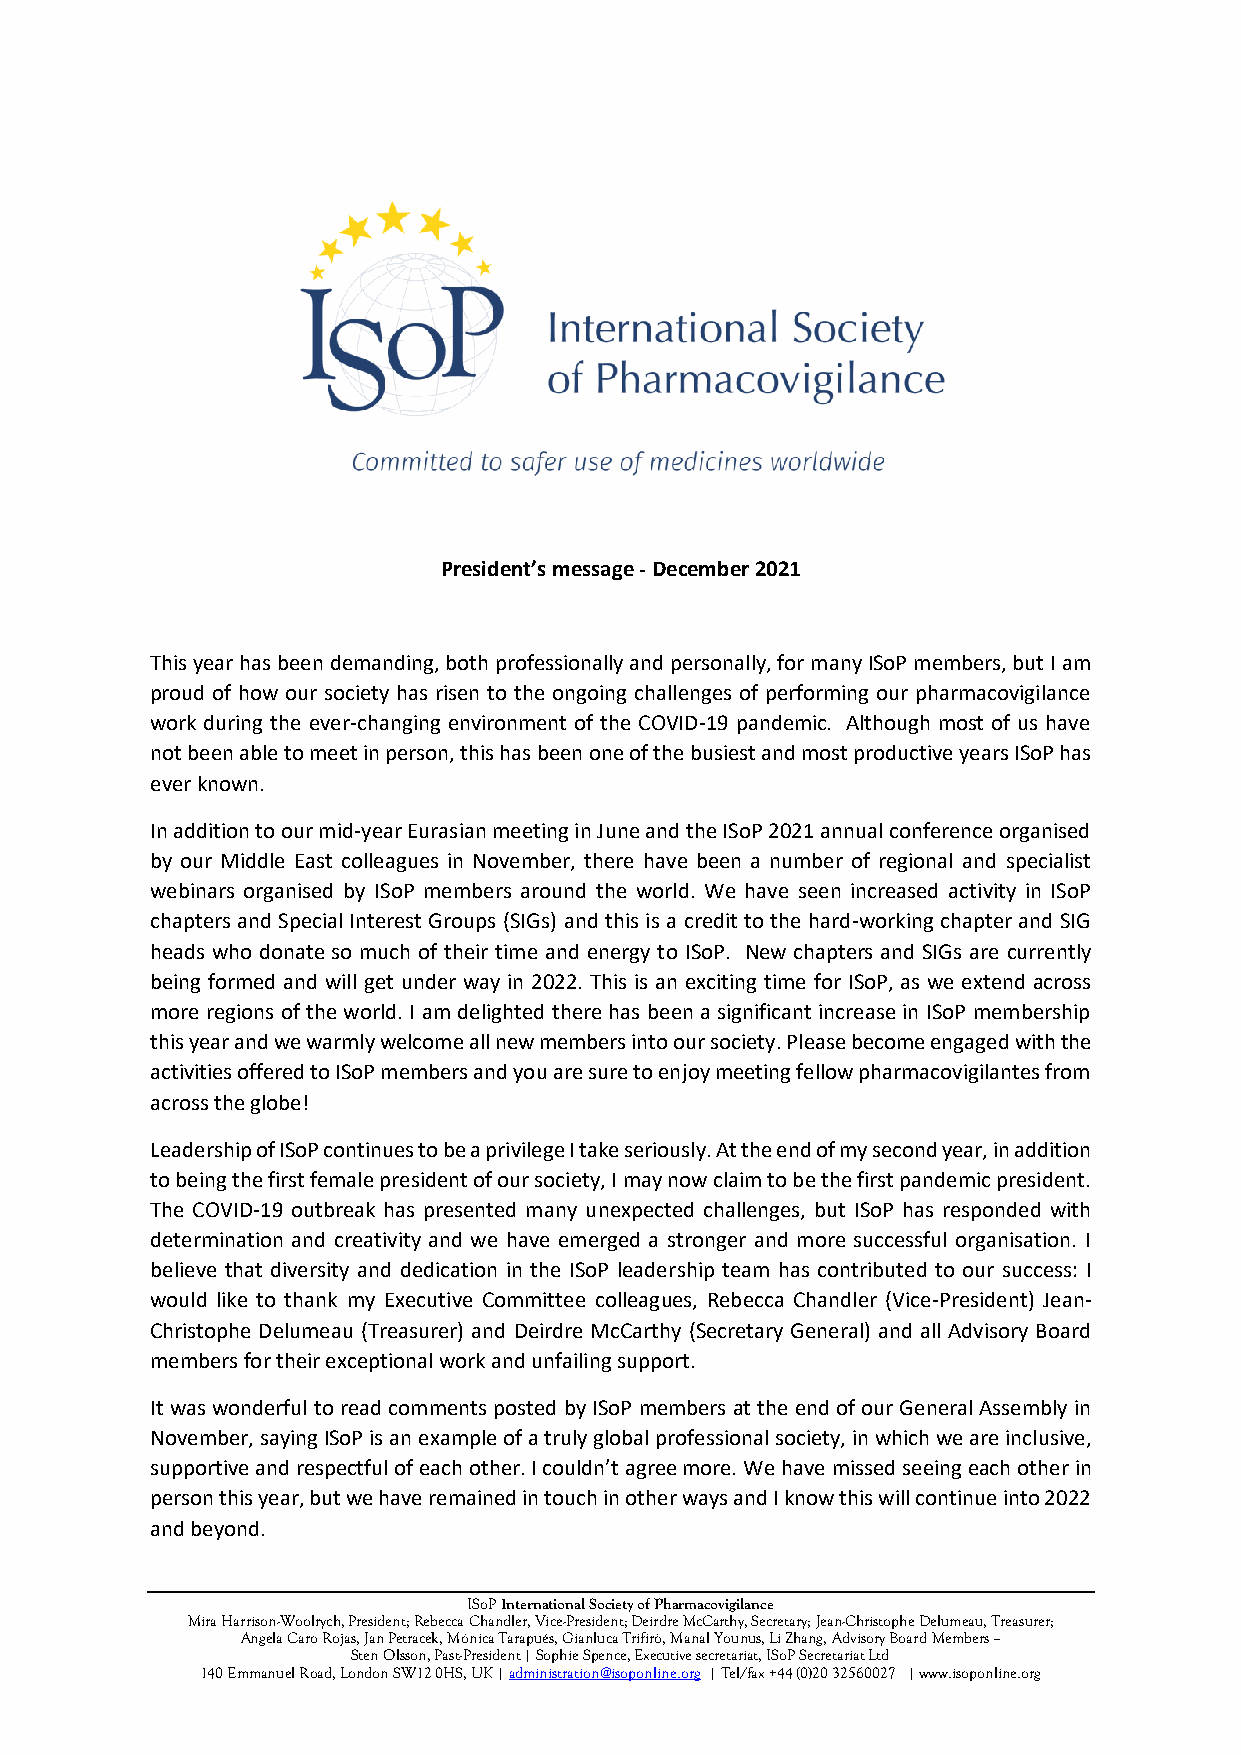
President’s message - December 2021
 This year has been demanding, both professionally and personally, for many ISoP members, but I am
 proud of how our society has risen to the ongoing challenges of performing our pharmacovigilance
 work during the ever-changing environment of the COVID-19 pandemic. Although most of us have
 not been able to meet in person, this has been one of the busiest and most productive years ISoP has
 ever known.
 In addition to our mid-year Eurasian meeting in June and the ISoP 2021 annual conference organised
 by our Middle East colleagues in November, there have been a number of regional and specialist
 webinars organised by ISoP members around the world. We have seen increased activity in ISoP
 chapters and Special Interest Groups (SIGs) and this is a credit to the hard-working chapter and SIG
 heads who donate so much of their time and energy to ISoP. New chapters and SIGs are currently
 being formed and will get under way in 2022. This is an exciting time for ISoP, as we extend across
 more regions of the world. I am delighted there has been a significant increase in ISoP membership
 this year and we warmly welcome all new members into our society. Please become engaged with the
 activities offered to ISoP members and you are sure to enjoy meeting fellow pharmacovigilantes from
 across the globe!
 Leadership of ISoP continues to be a privilege I take seriously. At the end of my second year, in addition
 to being the first female president of our society, I may now claim to be the first pandemic president.
 The COVID-19 outbreak has presented many unexpected challenges, but ISoP has responded with
 determination and creativity and we have emerged a stronger and more successful organisation. I
 believe that diversity and dedication in the ISoP leadership team has contributed to our success: I
 would like to thank my Executive Committee colleagues, Rebecca Chandler (Vice-President) Jean-
 Christophe Delumeau (Treasurer) and Deirdre McCarthy (Secretary General) and all Advisory Board
 members for their exceptional work and unfailing support.
 It was wonderful to read comments posted by ISoP members at the end of our General Assembly in
 November, saying ISoP is an example of a truly global professional society, in which we are inclusive,
 supportive and respectful of each other. I couldn’t agree more. We have missed seeing each other in
 person this year, but we have remained in touch in other ways and I know this will continue into 2022
 and beyond.
 ISoP International Society of Pharmacovigilance
 Mira Harrison-Woolrych, President; Rebecca Chandler, Vice-President; Deirdre McCarthy, Secretary; Jean-Christophe Delumeau, Treasurer;
 Angela Caro Rojas, Jan Petracek, Mónica Tarapués, Gianluca Trifirò, Manal Younus, Li Zhang, Advisory Board Members –
 Sten Olsson, Past-President | Sophie Spence, Executive secretariat, ISoP Secretariat Ltd
 140 Emmanuel Road, London SW12 0HS, UK | administration@isoponline.org | Tel/fax +44 (0)20 32560027 | www.isoponline.org